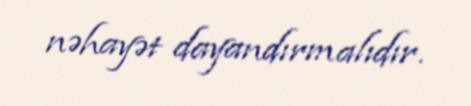
nəhayət dayandırmalıdır.